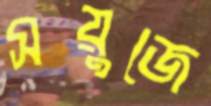
সয়ুজে